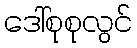
ဒေါ်စုစုလွင်